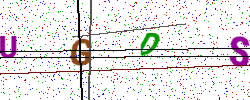
Text: UGDS